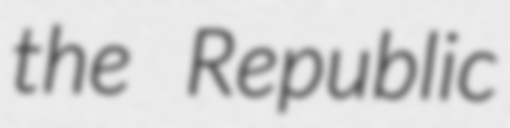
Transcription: the Republic